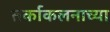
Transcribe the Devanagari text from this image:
तर्काकलनाच्या